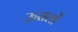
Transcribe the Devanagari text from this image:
ऊरालों